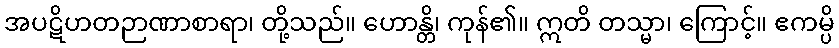
အပဋိဟတဉာဏာစာရာ၊ တို့သည်။ ဟောန္တိ၊ ကုန်၏။ ဣတိ တသ္မာ၊ ကြောင့်။ ဧကမ္ပိ